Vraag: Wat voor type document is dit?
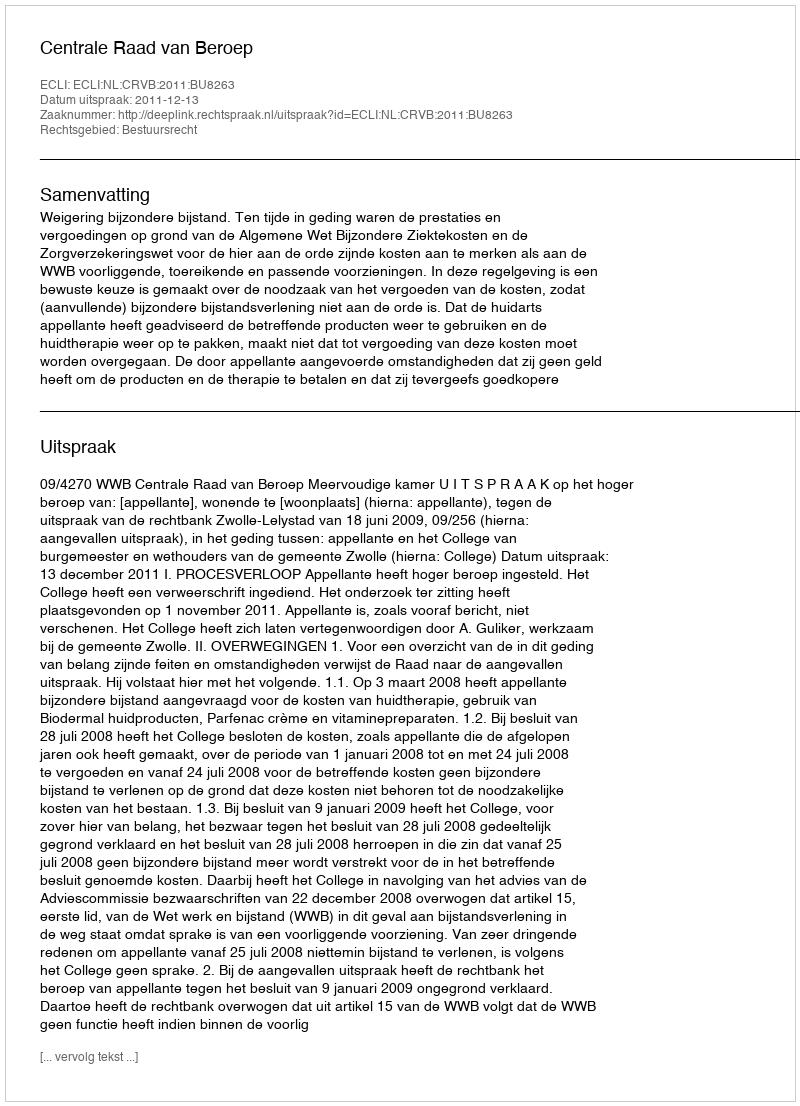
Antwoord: Uitspraak